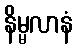
နိမ္မလာနံ